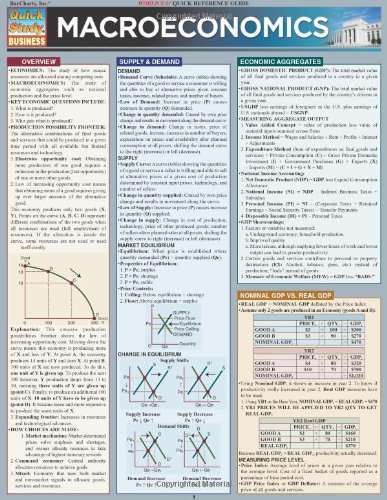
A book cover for Macroeconomics (Quickstudy: Business); Inc. BarCharts; Business & Money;